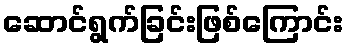
ဆောင်ရွက်ခြင်းဖြစ်ကြောင်း